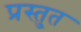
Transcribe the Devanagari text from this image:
प्रस्तु्त